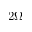
2 \Omega